Piroplasma canis and its life cycle in the tick - Number 29
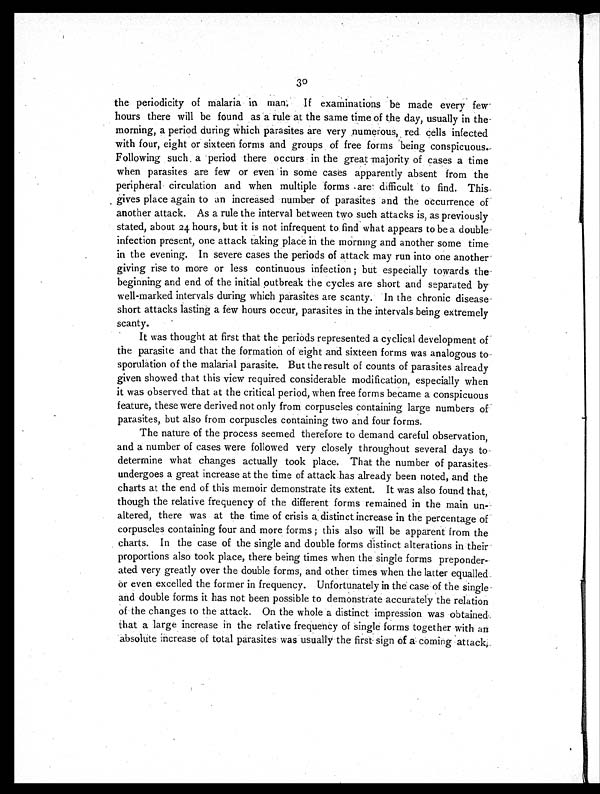
30
the periodicity of malaria in man. If examinations be made every few
hours there will be found as a rule at the same time of the day, usually in the
morning, a period during which parasites are very numerous, red cells infected
with four, eight or sixteen forms and groups of free forms being conspicuous.
F o l l o w i n g s u c h a p e r i o d t h e r e o c c u r s i n t h e g r e a t m a j o r i t y o f c a s e s a t i m e
when parasites are few or even in some cases apparently absent from the
peripheral circulation and when multiple forms are difficult to find. This
gives place again to an increased number of parasites and the occurrence of
another attack. As a rule the interval between two such attacks is, as previously
stated, about 24 hours, but it is not infrequent to find what appears to be a double
infection present, one attack taking place in the morning and another some time
in the evening. In severe cases the periods of attack may run into one another
giving rise to more or less continuous infection; but especially towards the
beginning and end of the initial outbreak the cycles are short and separated by
well-marked intervals during which parasites are scanty. In the chronic disease
short attacks lasting a few hours occur, parasites in the intervals being extremely
scanty.
It was thought at first that the periods represented a cyclical development of
the parasite and that the formation of eight and sixteen forms was analogous to
sporulation of the malarial parasite. But the result of counts of parasites already
given showed that this view required considerable modification, especially when
it was observed that at the critical period, when free forms became a conspicuous
feature, these were derived not only from corpuscles containing large numbers of
parasites, but also from corpuscles containing two and four forms.
The nature of the process seemed therefore to demand careful observation,
and a number of cases were followed very closely throughout several days to
determine what changes actually took place. That the number of parasites
undergoes a great increase at the time of attack has already been noted, and the
charts at the end of this memoir demonstrate its extent. It was also found that,
though the relative frequency of the different forms remained in the main un-
altered, there was at the time of crisis a distinct increase in the percentage of
corpuscles containing four and more forms; this also will be apparent from the
charts. In the case of the single and double forms distinct alterations in their
proportions also took place, there being times when the single forms preponder
- a t e d v e r y g r e a t l y o v e r t h e d o u b l e f o r m s , a n d o t h e r t i m e s w h e n t h e l a t t e r e q u a l l e d
or even excelled the former in frequency. Unfortunately in the case of the single
and double forms it has not been possible to demonstrate accurately the relation
of the changes to the attack. On the whole a distinct impression was obtained
that a large increase in the relative frequency of single forms together with an
absolute increase of total parasites was usually the first sign of a coming attack,